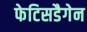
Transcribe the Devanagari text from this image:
फेटिसडैगेन